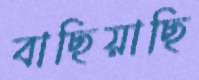
বাছিয়াছি